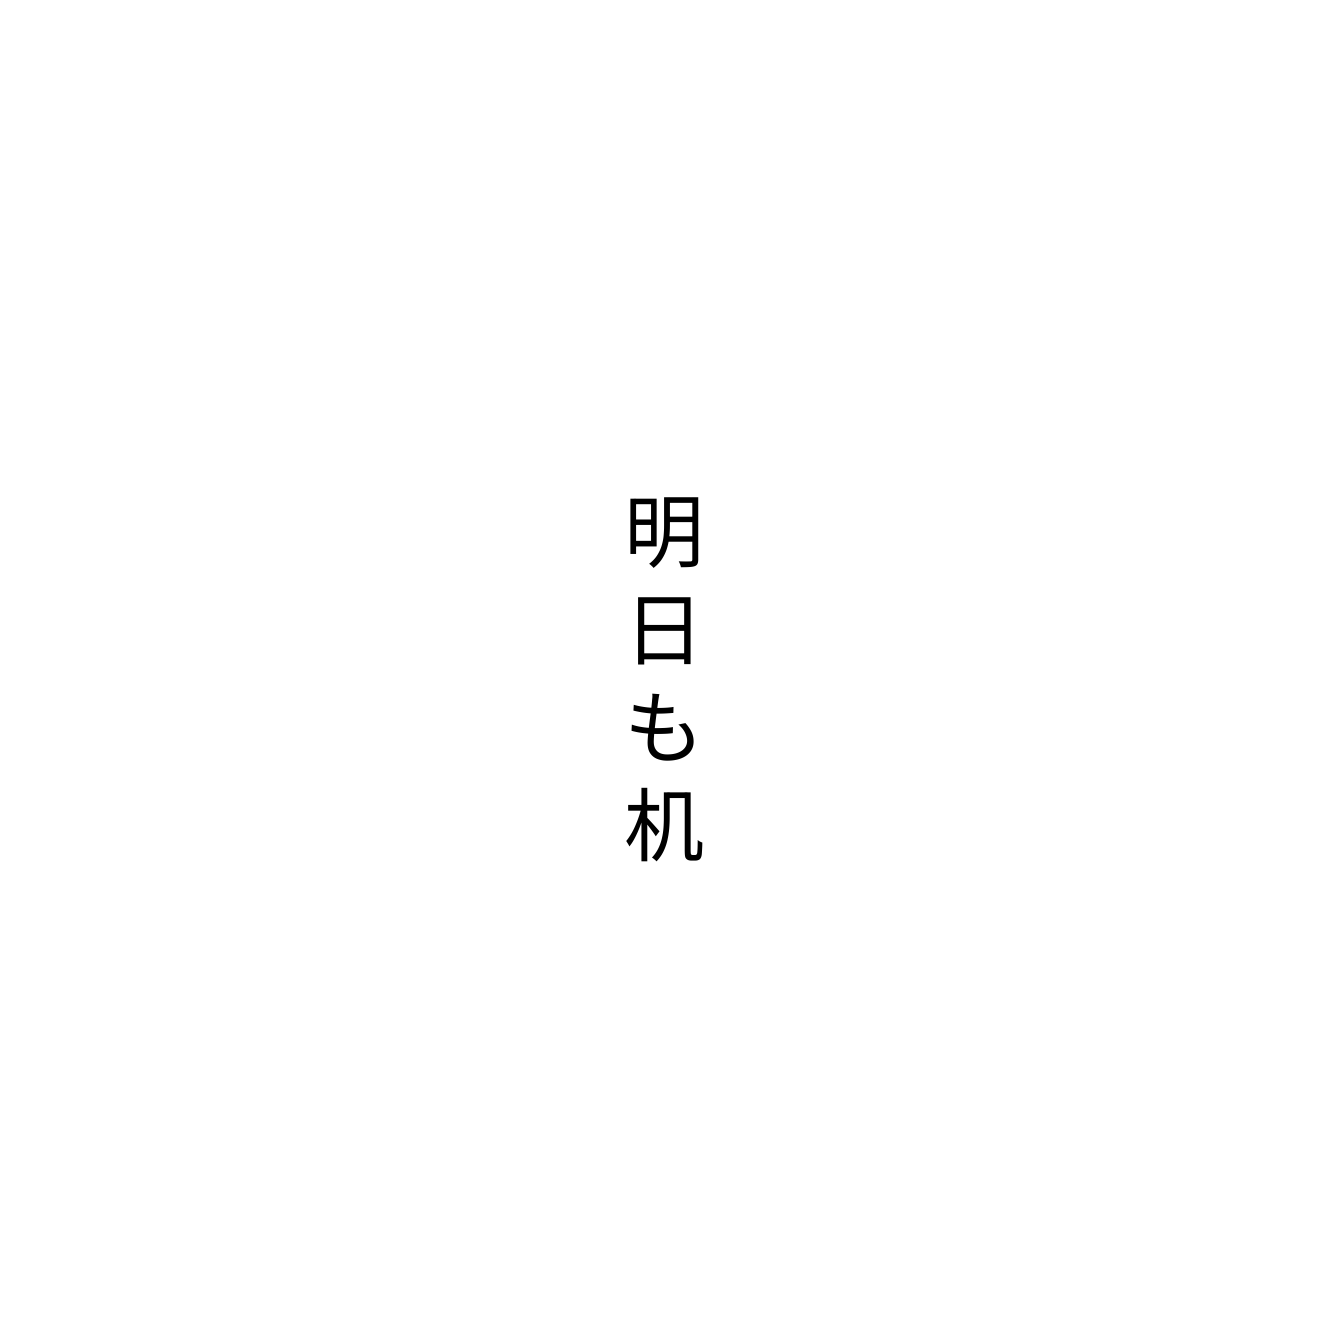
明日も机